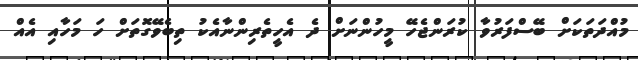
މުއްދަތަކަށް ބޭސްފަރުވާ ކުރަންޖެހޭ މީހުންނަށް ދެ އެހީތެރިންނާއެކު ތިބެވޭގޮތަށް ހަ މަހާއި އެއް